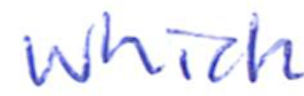
Text: which
Cross-out: clean
Writing tool: ballpoint